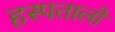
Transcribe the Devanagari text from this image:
हस्पतालों